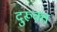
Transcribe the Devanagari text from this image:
दुरूक्त